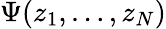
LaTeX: \Psi(z_{1},\dots,z_{N})